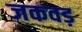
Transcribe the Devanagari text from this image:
जकवड़